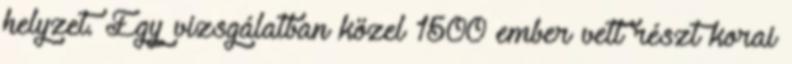
helyzet. Egy vizsgálatban közel 1500 ember vett részt korai